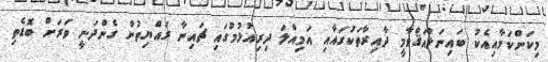
މިކަންކަމާއިއެކު ބައިނަލްއަޤްވާމީ ދާއިރާތަކުގައާއި އަމިއްލަ ދިރިއުޅުމުގައި ޗައިނާ ރައްޔިތުން ގެންދަނީ ވަރަށް ބޮޑެތި